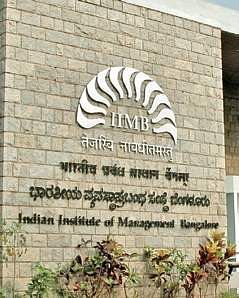
Language: kannada
Transcription: ಭಾರತೀಯ